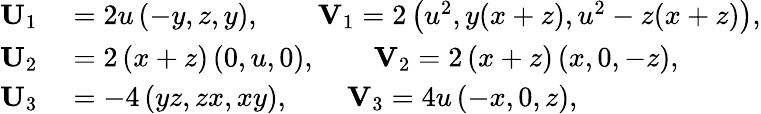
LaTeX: \begin{array}{rl}{\mathbf{U}_{1}}&{{}=2u\left(-y,z,y\right),\qquad\mathbf{V}_{1}=2\left(u^{2},y(x+z),u^{2}-z(x+z)\right),}\\ {\mathbf{U}_{2}}&{{}=2\left(x+z\right)\left(0,u,0\right),\qquad\mathbf{V}_{2}=2\left(x+z\right)\left(x,0,-z\right),}\\ {\mathbf{U}_{3}}&{{}=-4\left(yz,zx,xy\right),\qquad\mathbf{V}_{3}=4u\left(-x,0,z\right),}\end{array}